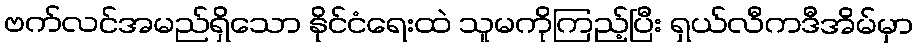
ဗက်လင်အမည်ရှိသော နိုင်ငံရေးထဲ သူမကိုကြည့်ပြီး ရှယ်လီကဒီအိမ်မှာ